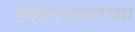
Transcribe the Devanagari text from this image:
डेव्होनशायरच्या